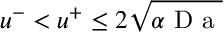
u ^ { - } < u ^ { + } \leq 2 \sqrt { \alpha \mathrm { ~ D ~ a ~ } }